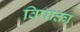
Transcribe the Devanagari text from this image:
विषाक्ता